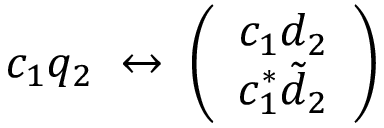
c _ { 1 } q _ { 2 } \; \leftrightarrow \; \left( \begin{array} { c } { { c _ { 1 } d _ { 2 } } } \\ { { c _ { 1 } ^ { * } \tilde { d } _ { 2 } } } \end{array} \right)